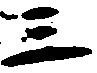
三